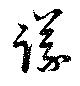
議